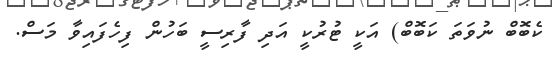
ކެބޮބް ނުވަތަ ކަބޮބް) އަކީ ޓުރުކީ އަދި ފާރިސީ ބަހުން ފިހެފައިވާ މަސް.